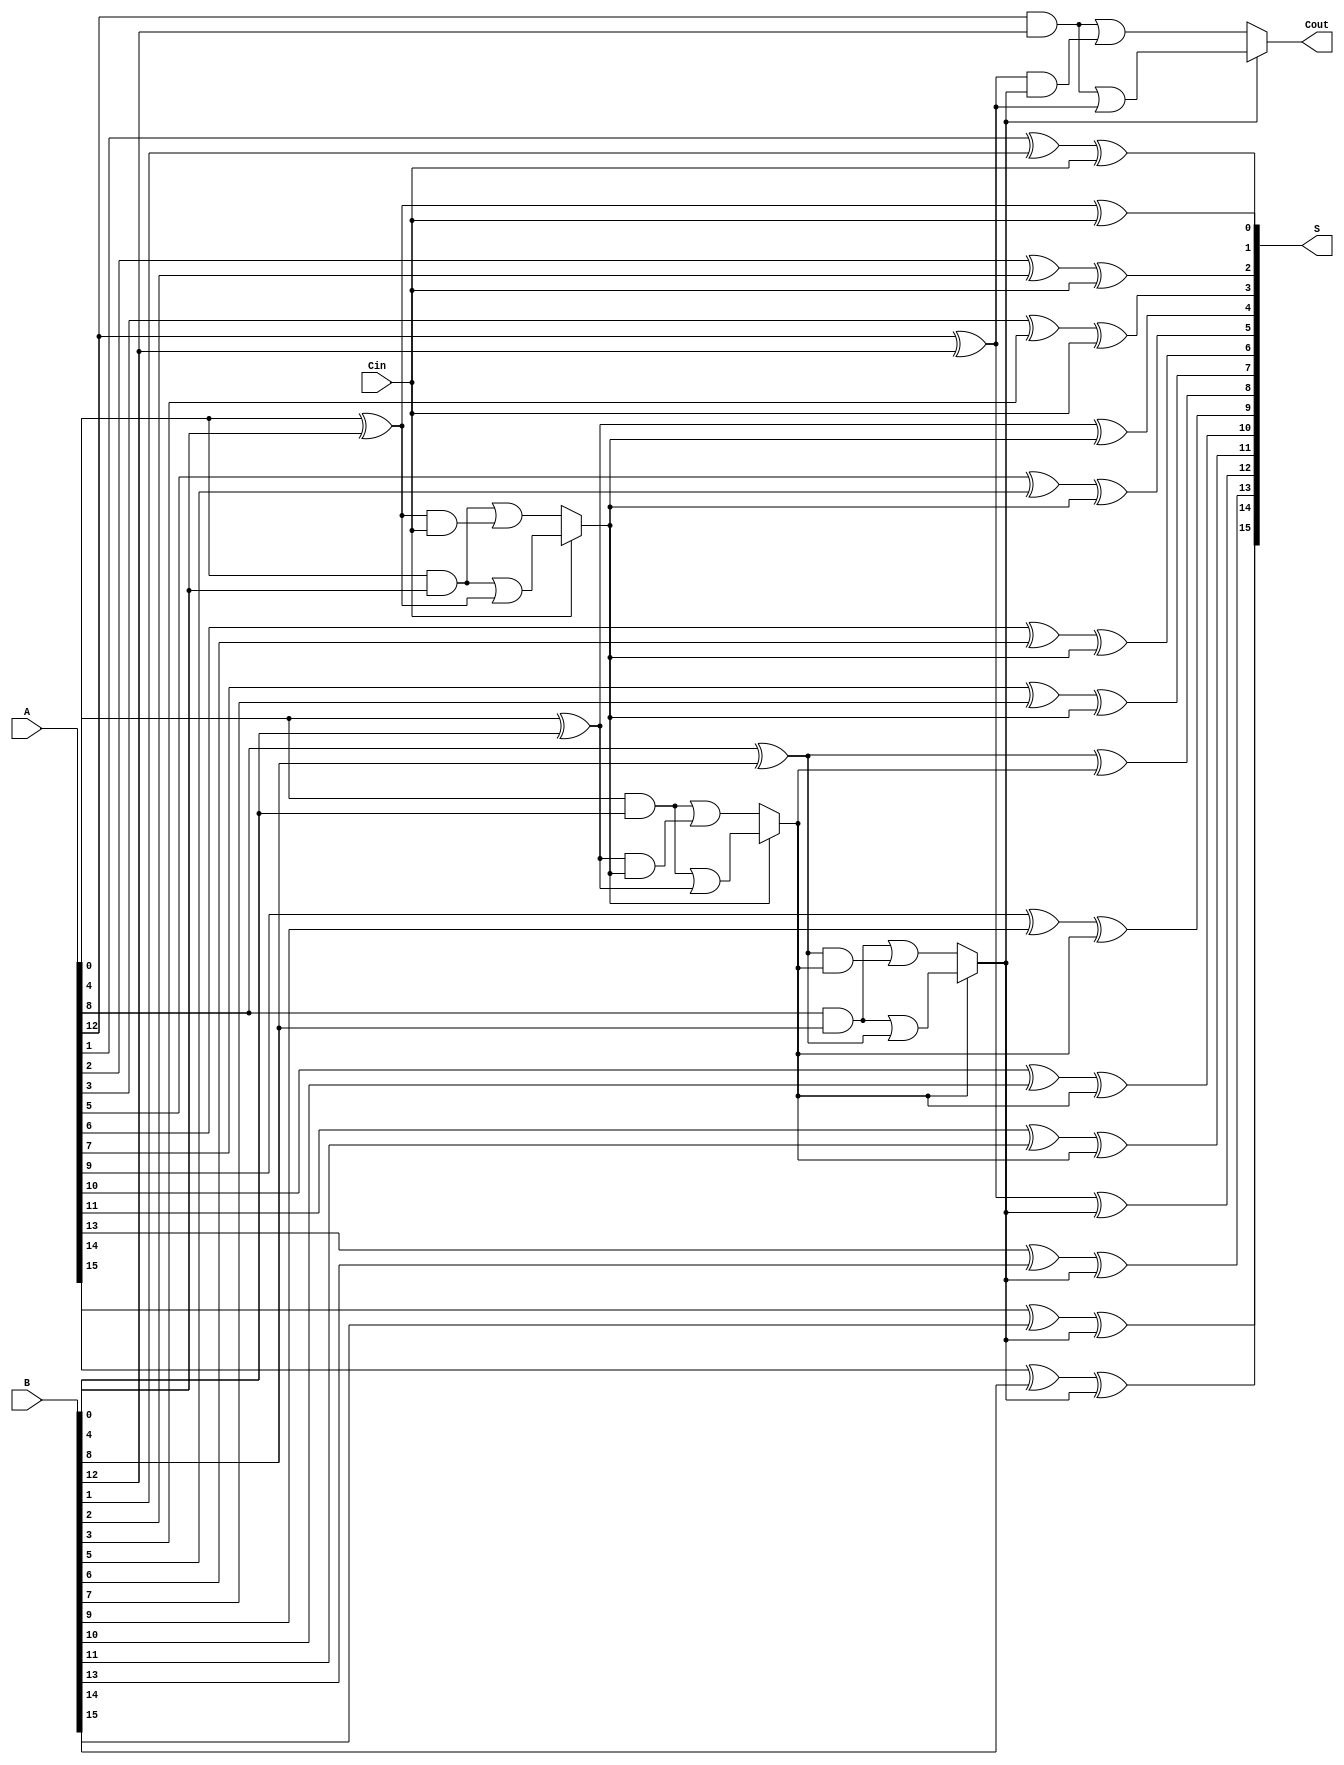
module han_carlson_adder #(parameter N = 16, // Total number of bits
                            parameter SEG_SIZE = 4) // Size of each segment
(
    input  [N-1:0] A,      // First n-bit input
    input  [N-1:0] B,      // Second n-bit input
    input         Cin,      // Carry-in
    output [N-1:0] S,      // Sum output
    output        Cout      // Carry-out
);

    localparam NUM_SEGMENTS = N / SEG_SIZE; // Number of segments
    wire [SEG_SIZE-1:0] P [NUM_SEGMENTS-1:0]; // Propagate signals
    wire [SEG_SIZE-1:0] G [NUM_SEGMENTS-1:0]; // Generate signals
    wire [NUM_SEGMENTS:0] C; // Carry signals for each segment

    // Generate propagate and generate signals for each segment
    genvar i, j;
    generate
        for (i = 0; i < NUM_SEGMENTS; i = i + 1) begin : segment
            for (j = 0; j < SEG_SIZE; j = j + 1) begin : bit
                assign P[i][j] = A[i*SEG_SIZE + j] ^ B[i*SEG_SIZE + j]; // Propagate
                assign G[i][j] = A[i*SEG_SIZE + j] & B[i*SEG_SIZE + j]; // Generate
            end
        end
    endgenerate

    // Carry generation for each segment
    assign C[0] = Cin; // Initial carry-in
    generate
        for (i = 0; i < NUM_SEGMENTS; i = i + 1) begin : carry_gen
            wire carry_out_0, carry_out_1;
            assign carry_out_0 = G[i][0] | (P[i][0] & C[i]); // Carry out if Cin = 0
            assign carry_out_1 = G[i][0] | (P[i][0] & 1'b1); // Carry out if Cin = 1

            // Select carry out based on the previous carry
            assign C[i+1] = (C[i] ? carry_out_1 : carry_out_0);
        end
    endgenerate

    // Sum calculation for each segment
    generate
        for (i = 0; i < NUM_SEGMENTS; i = i + 1) begin : sum_calc
            for (j = 0; j < SEG_SIZE; j = j + 1) begin : sum_bit
                assign S[i*SEG_SIZE + j] = P[i][j] ^ C[i]; // Sum bit
            end
        end
    endgenerate

    // Final carry-out
    assign Cout = C[NUM_SEGMENTS];

endmodule